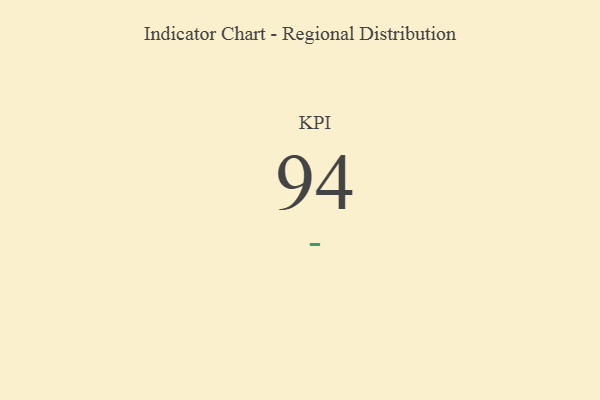
{"axis": {"x": "KPI", "y": "Value"}, "legend": [""], "data": [{"x": "KPI", "y": 94, "type": ""}]}